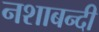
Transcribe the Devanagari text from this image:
नशाबन्दी